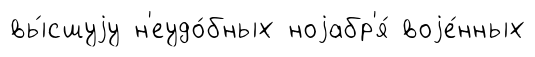
вы́сшуjу н'еудо́бных ноjабр'я́ воjе́нных